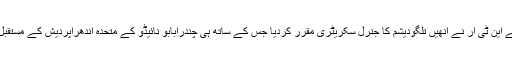
اپنے داماد کی ان صلاحیتوں کو دیکھتے ہوئے این ٹی آر نے انھیں تلگودیشم کا جنرل سکریٹری مقرر کردیا جس کے ساتھ ہی چندرابابو نائیڈو کے متحدہ آندھراپردیش کے مستقبل کے چیف منسٹر بننے کے عمل کا آغاز ہوا۔